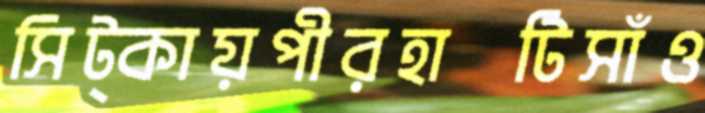
সিট্‌কায়পীরহাটিসাঁও